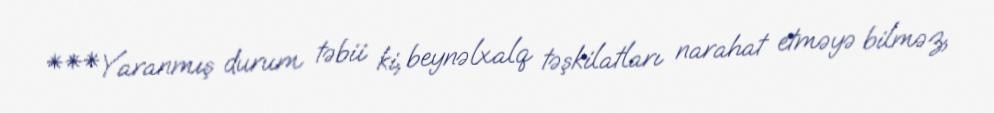
***Yaranmış durum təbii ki, beynəlxalq təşkilatları narahat etməyə bilməz,